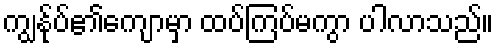
ကျွန်ုပ်၏ကျောမှာ ထပ်ကြပ်မကွာ ပါလာသည်။